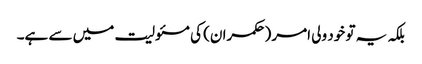
بلکہ یہ تو خود ولی امر (حکمران) کی مسئولیت میں سے ہے۔